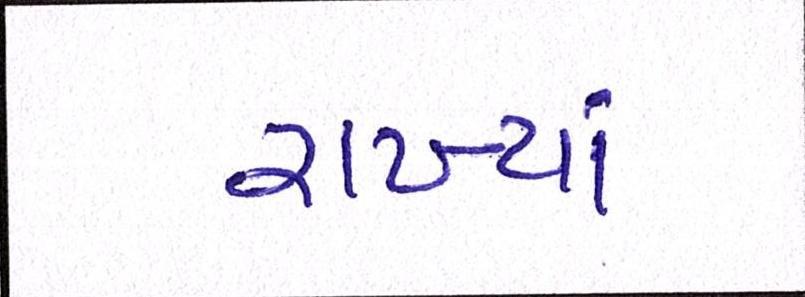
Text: રાખ્યાં